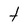
Character: t